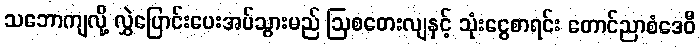
သဘောကျလို့ လွှဲပြောင်းပေးအပ်သွားမည် ဩစတေးလျနှင့် သုံးငွေစာရင်း တောင်ညာစံဒေဝီ